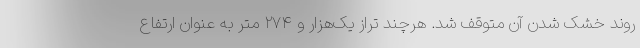
روند خشک شدن آن متوقف شد. هرچند تراز یک‌هزار و ۲۷۴ متر به عنوان ارتفاع